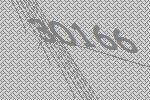
30166